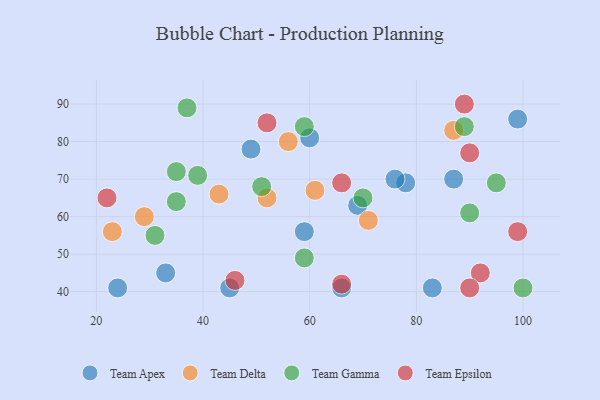
{"axis": {"x": "GDP", "y": "Life Expectancy"}, "legend": ["Team Apex", "Team Delta", "Team Epsilon", "Team Gamma"], "data": [{"x": "45", "y": 41, "type": "Team Apex"}, {"x": "49", "y": 78, "type": "Team Apex"}, {"x": "24", "y": 41, "type": "Team Apex"}, {"x": "83", "y": 41, "type": "Team Apex"}, {"x": "69", "y": 63, "type": "Team Apex"}, {"x": "60", "y": 81, "type": "Team Apex"}, {"x": "99", "y": 86, "type": "Team Apex"}, {"x": "78", "y": 69, "type": "Team Apex"}, {"x": "87", "y": 70, "type": "Team Apex"}, {"x": "59", "y": 56, "type": "Team Apex"}, {"x": "76", "y": 70, "type": "Team Apex"}, {"x": "66", "y": 41, "type": "Team Apex"}, {"x": "33", "y": 45, "type": "Team Apex"}, {"x": "43", "y": 66, "type": "Team Delta"}, {"x": "87", "y": 83, "type": "Team Delta"}, {"x": "23", "y": 56, "type": "Team Delta"}, {"x": "52", "y": 65, "type": "Team Delta"}, {"x": "71", "y": 59, "type": "Team Delta"}, {"x": "29", "y": 60, "type": "Team Delta"}, {"x": "61", "y": 67, "type": "Team Delta"}, {"x": "56", "y": 80, "type": "Team Delta"}, {"x": "59", "y": 49, "type": "Team Gamma"}, {"x": "39", "y": 71, "type": "Team Gamma"}, {"x": "70", "y": 65, "type": "Team Gamma"}, {"x": "90", "y": 61, "type": "Team Gamma"}, {"x": "51", "y": 68, "type": "Team Gamma"}, {"x": "95", "y": 69, "type": "Team Gamma"}, {"x": "35", "y": 64, "type": "Team Gamma"}, {"x": "89", "y": 84, "type": "Team Gamma"}, {"x": "59", "y": 84, "type": "Team Gamma"}, {"x": "31", "y": 55, "type": "Team Gamma"}, {"x": "37", "y": 89, "type": "Team Gamma"}, {"x": "35", "y": 72, "type": "Team Gamma"}, {"x": "100", "y": 41, "type": "Team Gamma"}, {"x": "92", "y": 45, "type": "Team Epsilon"}, {"x": "89", "y": 90, "type": "Team Epsilon"}, {"x": "90", "y": 77, "type": "Team Epsilon"}, {"x": "66", "y": 42, "type": "Team Epsilon"}, {"x": "99", "y": 56, "type": "Team Epsilon"}, {"x": "66", "y": 69, "type": "Team Epsilon"}, {"x": "22", "y": 65, "type": "Team Epsilon"}, {"x": "52", "y": 85, "type": "Team Epsilon"}, {"x": "46", "y": 43, "type": "Team Epsilon"}, {"x": "90", "y": 41, "type": "Team Epsilon"}]}